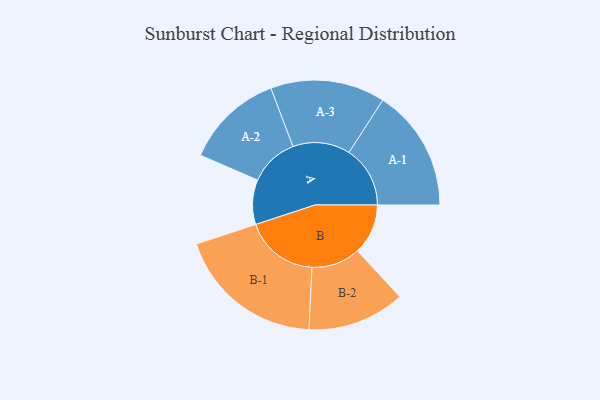
{"axis": {"x": "Segment", "y": "Value"}, "legend": ["", "A", "B"], "data": [{"x": "A", "y": 151, "type": ""}, {"x": "B", "y": 171, "type": ""}, {"x": "A-1", "y": 207, "type": "A"}, {"x": "A-2", "y": 166, "type": "A"}, {"x": "A-3", "y": 194, "type": "A"}, {"x": "B-1", "y": 250, "type": "B"}, {"x": "B-2", "y": 165, "type": "B"}]}